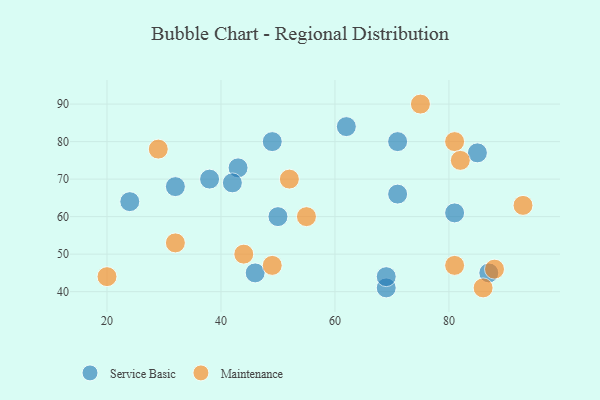
{"axis": {"x": "GDP", "y": "Life Expectancy"}, "legend": ["Maintenance", "Service Basic"], "data": [{"x": "43", "y": 73, "type": "Service Basic"}, {"x": "32", "y": 68, "type": "Service Basic"}, {"x": "69", "y": 41, "type": "Service Basic"}, {"x": "50", "y": 60, "type": "Service Basic"}, {"x": "71", "y": 66, "type": "Service Basic"}, {"x": "71", "y": 80, "type": "Service Basic"}, {"x": "49", "y": 80, "type": "Service Basic"}, {"x": "87", "y": 45, "type": "Service Basic"}, {"x": "85", "y": 77, "type": "Service Basic"}, {"x": "46", "y": 45, "type": "Service Basic"}, {"x": "24", "y": 64, "type": "Service Basic"}, {"x": "42", "y": 69, "type": "Service Basic"}, {"x": "69", "y": 44, "type": "Service Basic"}, {"x": "81", "y": 61, "type": "Service Basic"}, {"x": "62", "y": 84, "type": "Service Basic"}, {"x": "38", "y": 70, "type": "Service Basic"}, {"x": "44", "y": 50, "type": "Maintenance"}, {"x": "86", "y": 41, "type": "Maintenance"}, {"x": "81", "y": 47, "type": "Maintenance"}, {"x": "81", "y": 80, "type": "Maintenance"}, {"x": "75", "y": 90, "type": "Maintenance"}, {"x": "29", "y": 78, "type": "Maintenance"}, {"x": "55", "y": 60, "type": "Maintenance"}, {"x": "82", "y": 75, "type": "Maintenance"}, {"x": "20", "y": 44, "type": "Maintenance"}, {"x": "93", "y": 63, "type": "Maintenance"}, {"x": "49", "y": 47, "type": "Maintenance"}, {"x": "52", "y": 70, "type": "Maintenance"}, {"x": "88", "y": 46, "type": "Maintenance"}, {"x": "32", "y": 53, "type": "Maintenance"}]}